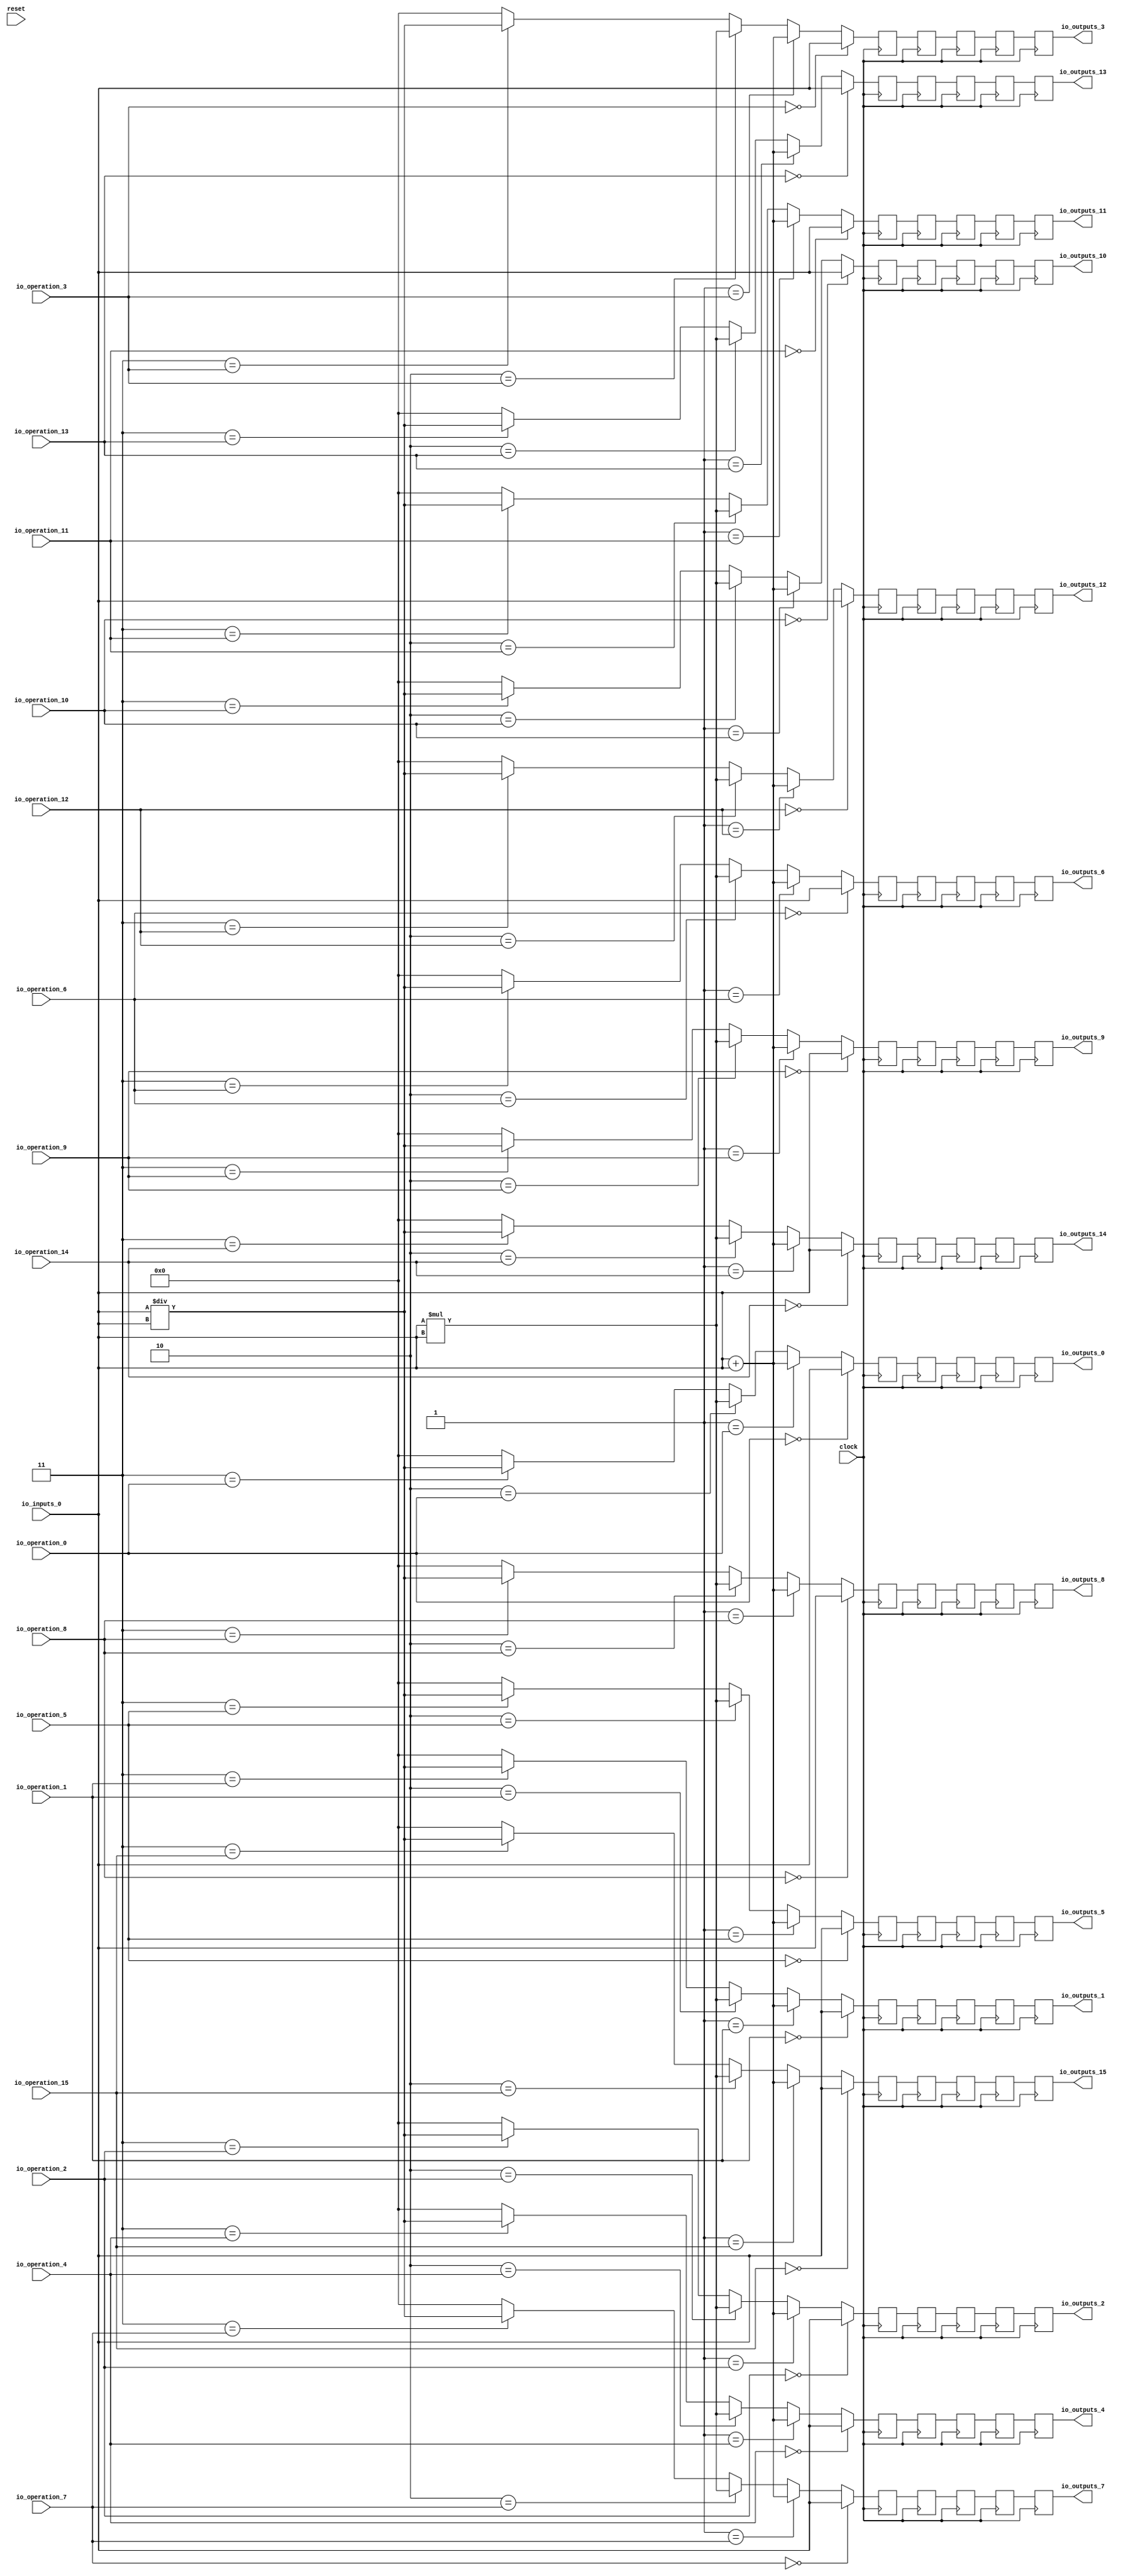
module MuxTest_width_64_inputs_1_outputs_16_pipeline_5( // @[:@3.2]
  input         clock, // @[:@4.4]
  input         reset, // @[:@5.4]
  input  [2:0]  io_operation_0, // @[:@6.4]
  input  [2:0]  io_operation_1, // @[:@6.4]
  input  [2:0]  io_operation_2, // @[:@6.4]
  input  [2:0]  io_operation_3, // @[:@6.4]
  input  [2:0]  io_operation_4, // @[:@6.4]
  input  [2:0]  io_operation_5, // @[:@6.4]
  input  [2:0]  io_operation_6, // @[:@6.4]
  input  [2:0]  io_operation_7, // @[:@6.4]
  input  [2:0]  io_operation_8, // @[:@6.4]
  input  [2:0]  io_operation_9, // @[:@6.4]
  input  [2:0]  io_operation_10, // @[:@6.4]
  input  [2:0]  io_operation_11, // @[:@6.4]
  input  [2:0]  io_operation_12, // @[:@6.4]
  input  [2:0]  io_operation_13, // @[:@6.4]
  input  [2:0]  io_operation_14, // @[:@6.4]
  input  [2:0]  io_operation_15, // @[:@6.4]
  input  [63:0] io_inputs_0, // @[:@6.4]
  output [63:0] io_outputs_0, // @[:@6.4]
  output [63:0] io_outputs_1, // @[:@6.4]
  output [63:0] io_outputs_2, // @[:@6.4]
  output [63:0] io_outputs_3, // @[:@6.4]
  output [63:0] io_outputs_4, // @[:@6.4]
  output [63:0] io_outputs_5, // @[:@6.4]
  output [63:0] io_outputs_6, // @[:@6.4]
  output [63:0] io_outputs_7, // @[:@6.4]
  output [63:0] io_outputs_8, // @[:@6.4]
  output [63:0] io_outputs_9, // @[:@6.4]
  output [63:0] io_outputs_10, // @[:@6.4]
  output [63:0] io_outputs_11, // @[:@6.4]
  output [63:0] io_outputs_12, // @[:@6.4]
  output [63:0] io_outputs_13, // @[:@6.4]
  output [63:0] io_outputs_14, // @[:@6.4]
  output [63:0] io_outputs_15 // @[:@6.4]
);
  wire [64:0] _T_724; // @[MuxTest_width_64_inputs_1_outputs_16_pipeline_5s.scala 32:53:@8.4]
  wire [63:0] _T_725; // @[MuxTest_width_64_inputs_1_outputs_16_pipeline_5s.scala 32:53:@9.4]
  wire [127:0] _T_727; // @[MuxTest_width_64_inputs_1_outputs_16_pipeline_5s.scala 33:58:@10.4]
  wire [63:0] _T_729; // @[MuxTest_width_64_inputs_1_outputs_16_pipeline_5s.scala 34:56:@11.4]
  wire  _T_730; // @[Mux.scala 46:19:@12.4]
  wire [63:0] _T_731; // @[Mux.scala 46:16:@13.4]
  wire  _T_732; // @[Mux.scala 46:19:@14.4]
  wire [127:0] _T_733; // @[Mux.scala 46:16:@15.4]
  wire  _T_734; // @[Mux.scala 46:19:@16.4]
  wire [127:0] _T_735; // @[Mux.scala 46:16:@17.4]
  wire  _T_736; // @[Mux.scala 46:19:@18.4]
  wire  _T_747; // @[Mux.scala 46:19:@24.4]
  wire [63:0] _T_748; // @[Mux.scala 46:16:@25.4]
  wire  _T_749; // @[Mux.scala 46:19:@26.4]
  wire [127:0] _T_750; // @[Mux.scala 46:16:@27.4]
  wire  _T_751; // @[Mux.scala 46:19:@28.4]
  wire [127:0] _T_752; // @[Mux.scala 46:16:@29.4]
  wire  _T_753; // @[Mux.scala 46:19:@30.4]
  wire  _T_764; // @[Mux.scala 46:19:@36.4]
  wire [63:0] _T_765; // @[Mux.scala 46:16:@37.4]
  wire  _T_766; // @[Mux.scala 46:19:@38.4]
  wire [127:0] _T_767; // @[Mux.scala 46:16:@39.4]
  wire  _T_768; // @[Mux.scala 46:19:@40.4]
  wire [127:0] _T_769; // @[Mux.scala 46:16:@41.4]
  wire  _T_770; // @[Mux.scala 46:19:@42.4]
  wire  _T_781; // @[Mux.scala 46:19:@48.4]
  wire [63:0] _T_782; // @[Mux.scala 46:16:@49.4]
  wire  _T_783; // @[Mux.scala 46:19:@50.4]
  wire [127:0] _T_784; // @[Mux.scala 46:16:@51.4]
  wire  _T_785; // @[Mux.scala 46:19:@52.4]
  wire [127:0] _T_786; // @[Mux.scala 46:16:@53.4]
  wire  _T_787; // @[Mux.scala 46:19:@54.4]
  wire  _T_798; // @[Mux.scala 46:19:@60.4]
  wire [63:0] _T_799; // @[Mux.scala 46:16:@61.4]
  wire  _T_800; // @[Mux.scala 46:19:@62.4]
  wire [127:0] _T_801; // @[Mux.scala 46:16:@63.4]
  wire  _T_802; // @[Mux.scala 46:19:@64.4]
  wire [127:0] _T_803; // @[Mux.scala 46:16:@65.4]
  wire  _T_804; // @[Mux.scala 46:19:@66.4]
  wire  _T_815; // @[Mux.scala 46:19:@72.4]
  wire [63:0] _T_816; // @[Mux.scala 46:16:@73.4]
  wire  _T_817; // @[Mux.scala 46:19:@74.4]
  wire [127:0] _T_818; // @[Mux.scala 46:16:@75.4]
  wire  _T_819; // @[Mux.scala 46:19:@76.4]
  wire [127:0] _T_820; // @[Mux.scala 46:16:@77.4]
  wire  _T_821; // @[Mux.scala 46:19:@78.4]
  wire  _T_832; // @[Mux.scala 46:19:@84.4]
  wire [63:0] _T_833; // @[Mux.scala 46:16:@85.4]
  wire  _T_834; // @[Mux.scala 46:19:@86.4]
  wire [127:0] _T_835; // @[Mux.scala 46:16:@87.4]
  wire  _T_836; // @[Mux.scala 46:19:@88.4]
  wire [127:0] _T_837; // @[Mux.scala 46:16:@89.4]
  wire  _T_838; // @[Mux.scala 46:19:@90.4]
  wire  _T_849; // @[Mux.scala 46:19:@96.4]
  wire [63:0] _T_850; // @[Mux.scala 46:16:@97.4]
  wire  _T_851; // @[Mux.scala 46:19:@98.4]
  wire [127:0] _T_852; // @[Mux.scala 46:16:@99.4]
  wire  _T_853; // @[Mux.scala 46:19:@100.4]
  wire [127:0] _T_854; // @[Mux.scala 46:16:@101.4]
  wire  _T_855; // @[Mux.scala 46:19:@102.4]
  wire  _T_866; // @[Mux.scala 46:19:@108.4]
  wire [63:0] _T_867; // @[Mux.scala 46:16:@109.4]
  wire  _T_868; // @[Mux.scala 46:19:@110.4]
  wire [127:0] _T_869; // @[Mux.scala 46:16:@111.4]
  wire  _T_870; // @[Mux.scala 46:19:@112.4]
  wire [127:0] _T_871; // @[Mux.scala 46:16:@113.4]
  wire  _T_872; // @[Mux.scala 46:19:@114.4]
  wire  _T_883; // @[Mux.scala 46:19:@120.4]
  wire [63:0] _T_884; // @[Mux.scala 46:16:@121.4]
  wire  _T_885; // @[Mux.scala 46:19:@122.4]
  wire [127:0] _T_886; // @[Mux.scala 46:16:@123.4]
  wire  _T_887; // @[Mux.scala 46:19:@124.4]
  wire [127:0] _T_888; // @[Mux.scala 46:16:@125.4]
  wire  _T_889; // @[Mux.scala 46:19:@126.4]
  wire  _T_900; // @[Mux.scala 46:19:@132.4]
  wire [63:0] _T_901; // @[Mux.scala 46:16:@133.4]
  wire  _T_902; // @[Mux.scala 46:19:@134.4]
  wire [127:0] _T_903; // @[Mux.scala 46:16:@135.4]
  wire  _T_904; // @[Mux.scala 46:19:@136.4]
  wire [127:0] _T_905; // @[Mux.scala 46:16:@137.4]
  wire  _T_906; // @[Mux.scala 46:19:@138.4]
  wire  _T_917; // @[Mux.scala 46:19:@144.4]
  wire [63:0] _T_918; // @[Mux.scala 46:16:@145.4]
  wire  _T_919; // @[Mux.scala 46:19:@146.4]
  wire [127:0] _T_920; // @[Mux.scala 46:16:@147.4]
  wire  _T_921; // @[Mux.scala 46:19:@148.4]
  wire [127:0] _T_922; // @[Mux.scala 46:16:@149.4]
  wire  _T_923; // @[Mux.scala 46:19:@150.4]
  wire  _T_934; // @[Mux.scala 46:19:@156.4]
  wire [63:0] _T_935; // @[Mux.scala 46:16:@157.4]
  wire  _T_936; // @[Mux.scala 46:19:@158.4]
  wire [127:0] _T_937; // @[Mux.scala 46:16:@159.4]
  wire  _T_938; // @[Mux.scala 46:19:@160.4]
  wire [127:0] _T_939; // @[Mux.scala 46:16:@161.4]
  wire  _T_940; // @[Mux.scala 46:19:@162.4]
  wire  _T_951; // @[Mux.scala 46:19:@168.4]
  wire [63:0] _T_952; // @[Mux.scala 46:16:@169.4]
  wire  _T_953; // @[Mux.scala 46:19:@170.4]
  wire [127:0] _T_954; // @[Mux.scala 46:16:@171.4]
  wire  _T_955; // @[Mux.scala 46:19:@172.4]
  wire [127:0] _T_956; // @[Mux.scala 46:16:@173.4]
  wire  _T_957; // @[Mux.scala 46:19:@174.4]
  wire  _T_968; // @[Mux.scala 46:19:@180.4]
  wire [63:0] _T_969; // @[Mux.scala 46:16:@181.4]
  wire  _T_970; // @[Mux.scala 46:19:@182.4]
  wire [127:0] _T_971; // @[Mux.scala 46:16:@183.4]
  wire  _T_972; // @[Mux.scala 46:19:@184.4]
  wire [127:0] _T_973; // @[Mux.scala 46:16:@185.4]
  wire  _T_974; // @[Mux.scala 46:19:@186.4]
  wire  _T_985; // @[Mux.scala 46:19:@192.4]
  wire [63:0] _T_986; // @[Mux.scala 46:16:@193.4]
  wire  _T_987; // @[Mux.scala 46:19:@194.4]
  wire [127:0] _T_988; // @[Mux.scala 46:16:@195.4]
  wire  _T_989; // @[Mux.scala 46:19:@196.4]
  wire [127:0] _T_990; // @[Mux.scala 46:16:@197.4]
  wire  _T_991; // @[Mux.scala 46:19:@198.4]
  reg [127:0] _T_995; // @[Reg.scala 11:16:@200.4]
  reg [127:0] _RAND_0;
  reg [127:0] _T_997; // @[Reg.scala 11:16:@204.4]
  reg [127:0] _RAND_1;
  reg [127:0] _T_999; // @[Reg.scala 11:16:@208.4]
  reg [127:0] _RAND_2;
  reg [127:0] _T_1001; // @[Reg.scala 11:16:@212.4]
  reg [127:0] _RAND_3;
  reg [127:0] _T_1003; // @[Reg.scala 11:16:@216.4]
  reg [127:0] _RAND_4;
  reg [127:0] _T_1006; // @[Reg.scala 11:16:@220.4]
  reg [127:0] _RAND_5;
  reg [127:0] _T_1008; // @[Reg.scala 11:16:@224.4]
  reg [127:0] _RAND_6;
  reg [127:0] _T_1010; // @[Reg.scala 11:16:@228.4]
  reg [127:0] _RAND_7;
  reg [127:0] _T_1012; // @[Reg.scala 11:16:@232.4]
  reg [127:0] _RAND_8;
  reg [127:0] _T_1014; // @[Reg.scala 11:16:@236.4]
  reg [127:0] _RAND_9;
  reg [127:0] _T_1017; // @[Reg.scala 11:16:@240.4]
  reg [127:0] _RAND_10;
  reg [127:0] _T_1019; // @[Reg.scala 11:16:@244.4]
  reg [127:0] _RAND_11;
  reg [127:0] _T_1021; // @[Reg.scala 11:16:@248.4]
  reg [127:0] _RAND_12;
  reg [127:0] _T_1023; // @[Reg.scala 11:16:@252.4]
  reg [127:0] _RAND_13;
  reg [127:0] _T_1025; // @[Reg.scala 11:16:@256.4]
  reg [127:0] _RAND_14;
  reg [127:0] _T_1028; // @[Reg.scala 11:16:@260.4]
  reg [127:0] _RAND_15;
  reg [127:0] _T_1030; // @[Reg.scala 11:16:@264.4]
  reg [127:0] _RAND_16;
  reg [127:0] _T_1032; // @[Reg.scala 11:16:@268.4]
  reg [127:0] _RAND_17;
  reg [127:0] _T_1034; // @[Reg.scala 11:16:@272.4]
  reg [127:0] _RAND_18;
  reg [127:0] _T_1036; // @[Reg.scala 11:16:@276.4]
  reg [127:0] _RAND_19;
  reg [127:0] _T_1039; // @[Reg.scala 11:16:@280.4]
  reg [127:0] _RAND_20;
  reg [127:0] _T_1041; // @[Reg.scala 11:16:@284.4]
  reg [127:0] _RAND_21;
  reg [127:0] _T_1043; // @[Reg.scala 11:16:@288.4]
  reg [127:0] _RAND_22;
  reg [127:0] _T_1045; // @[Reg.scala 11:16:@292.4]
  reg [127:0] _RAND_23;
  reg [127:0] _T_1047; // @[Reg.scala 11:16:@296.4]
  reg [127:0] _RAND_24;
  reg [127:0] _T_1050; // @[Reg.scala 11:16:@300.4]
  reg [127:0] _RAND_25;
  reg [127:0] _T_1052; // @[Reg.scala 11:16:@304.4]
  reg [127:0] _RAND_26;
  reg [127:0] _T_1054; // @[Reg.scala 11:16:@308.4]
  reg [127:0] _RAND_27;
  reg [127:0] _T_1056; // @[Reg.scala 11:16:@312.4]
  reg [127:0] _RAND_28;
  reg [127:0] _T_1058; // @[Reg.scala 11:16:@316.4]
  reg [127:0] _RAND_29;
  reg [127:0] _T_1061; // @[Reg.scala 11:16:@320.4]
  reg [127:0] _RAND_30;
  reg [127:0] _T_1063; // @[Reg.scala 11:16:@324.4]
  reg [127:0] _RAND_31;
  reg [127:0] _T_1065; // @[Reg.scala 11:16:@328.4]
  reg [127:0] _RAND_32;
  reg [127:0] _T_1067; // @[Reg.scala 11:16:@332.4]
  reg [127:0] _RAND_33;
  reg [127:0] _T_1069; // @[Reg.scala 11:16:@336.4]
  reg [127:0] _RAND_34;
  reg [127:0] _T_1072; // @[Reg.scala 11:16:@340.4]
  reg [127:0] _RAND_35;
  reg [127:0] _T_1074; // @[Reg.scala 11:16:@344.4]
  reg [127:0] _RAND_36;
  reg [127:0] _T_1076; // @[Reg.scala 11:16:@348.4]
  reg [127:0] _RAND_37;
  reg [127:0] _T_1078; // @[Reg.scala 11:16:@352.4]
  reg [127:0] _RAND_38;
  reg [127:0] _T_1080; // @[Reg.scala 11:16:@356.4]
  reg [127:0] _RAND_39;
  reg [127:0] _T_1083; // @[Reg.scala 11:16:@360.4]
  reg [127:0] _RAND_40;
  reg [127:0] _T_1085; // @[Reg.scala 11:16:@364.4]
  reg [127:0] _RAND_41;
  reg [127:0] _T_1087; // @[Reg.scala 11:16:@368.4]
  reg [127:0] _RAND_42;
  reg [127:0] _T_1089; // @[Reg.scala 11:16:@372.4]
  reg [127:0] _RAND_43;
  reg [127:0] _T_1091; // @[Reg.scala 11:16:@376.4]
  reg [127:0] _RAND_44;
  reg [127:0] _T_1094; // @[Reg.scala 11:16:@380.4]
  reg [127:0] _RAND_45;
  reg [127:0] _T_1096; // @[Reg.scala 11:16:@384.4]
  reg [127:0] _RAND_46;
  reg [127:0] _T_1098; // @[Reg.scala 11:16:@388.4]
  reg [127:0] _RAND_47;
  reg [127:0] _T_1100; // @[Reg.scala 11:16:@392.4]
  reg [127:0] _RAND_48;
  reg [127:0] _T_1102; // @[Reg.scala 11:16:@396.4]
  reg [127:0] _RAND_49;
  reg [127:0] _T_1105; // @[Reg.scala 11:16:@400.4]
  reg [127:0] _RAND_50;
  reg [127:0] _T_1107; // @[Reg.scala 11:16:@404.4]
  reg [127:0] _RAND_51;
  reg [127:0] _T_1109; // @[Reg.scala 11:16:@408.4]
  reg [127:0] _RAND_52;
  reg [127:0] _T_1111; // @[Reg.scala 11:16:@412.4]
  reg [127:0] _RAND_53;
  reg [127:0] _T_1113; // @[Reg.scala 11:16:@416.4]
  reg [127:0] _RAND_54;
  reg [127:0] _T_1116; // @[Reg.scala 11:16:@420.4]
  reg [127:0] _RAND_55;
  reg [127:0] _T_1118; // @[Reg.scala 11:16:@424.4]
  reg [127:0] _RAND_56;
  reg [127:0] _T_1120; // @[Reg.scala 11:16:@428.4]
  reg [127:0] _RAND_57;
  reg [127:0] _T_1122; // @[Reg.scala 11:16:@432.4]
  reg [127:0] _RAND_58;
  reg [127:0] _T_1124; // @[Reg.scala 11:16:@436.4]
  reg [127:0] _RAND_59;
  reg [127:0] _T_1127; // @[Reg.scala 11:16:@440.4]
  reg [127:0] _RAND_60;
  reg [127:0] _T_1129; // @[Reg.scala 11:16:@444.4]
  reg [127:0] _RAND_61;
  reg [127:0] _T_1131; // @[Reg.scala 11:16:@448.4]
  reg [127:0] _RAND_62;
  reg [127:0] _T_1133; // @[Reg.scala 11:16:@452.4]
  reg [127:0] _RAND_63;
  reg [127:0] _T_1135; // @[Reg.scala 11:16:@456.4]
  reg [127:0] _RAND_64;
  reg [127:0] _T_1138; // @[Reg.scala 11:16:@460.4]
  reg [127:0] _RAND_65;
  reg [127:0] _T_1140; // @[Reg.scala 11:16:@464.4]
  reg [127:0] _RAND_66;
  reg [127:0] _T_1142; // @[Reg.scala 11:16:@468.4]
  reg [127:0] _RAND_67;
  reg [127:0] _T_1144; // @[Reg.scala 11:16:@472.4]
  reg [127:0] _RAND_68;
  reg [127:0] _T_1146; // @[Reg.scala 11:16:@476.4]
  reg [127:0] _RAND_69;
  reg [127:0] _T_1149; // @[Reg.scala 11:16:@480.4]
  reg [127:0] _RAND_70;
  reg [127:0] _T_1151; // @[Reg.scala 11:16:@484.4]
  reg [127:0] _RAND_71;
  reg [127:0] _T_1153; // @[Reg.scala 11:16:@488.4]
  reg [127:0] _RAND_72;
  reg [127:0] _T_1155; // @[Reg.scala 11:16:@492.4]
  reg [127:0] _RAND_73;
  reg [127:0] _T_1157; // @[Reg.scala 11:16:@496.4]
  reg [127:0] _RAND_74;
  reg [127:0] _T_1160; // @[Reg.scala 11:16:@500.4]
  reg [127:0] _RAND_75;
  reg [127:0] _T_1162; // @[Reg.scala 11:16:@504.4]
  reg [127:0] _RAND_76;
  reg [127:0] _T_1164; // @[Reg.scala 11:16:@508.4]
  reg [127:0] _RAND_77;
  reg [127:0] _T_1166; // @[Reg.scala 11:16:@512.4]
  reg [127:0] _RAND_78;
  reg [127:0] _T_1168; // @[Reg.scala 11:16:@516.4]
  reg [127:0] _RAND_79;
  assign _T_724 = io_inputs_0 + io_inputs_0; // @[MuxTest_width_64_inputs_1_outputs_16_pipeline_5s.scala 32:53:@8.4]
  assign _T_725 = io_inputs_0 + io_inputs_0; // @[MuxTest_width_64_inputs_1_outputs_16_pipeline_5s.scala 32:53:@9.4]
  assign _T_727 = io_inputs_0 * io_inputs_0; // @[MuxTest_width_64_inputs_1_outputs_16_pipeline_5s.scala 33:58:@10.4]
  assign _T_729 = io_inputs_0 / io_inputs_0; // @[MuxTest_width_64_inputs_1_outputs_16_pipeline_5s.scala 34:56:@11.4]
  assign _T_730 = 3'h3 == io_operation_0; // @[Mux.scala 46:19:@12.4]
  assign _T_731 = _T_730 ? _T_729 : 64'h0; // @[Mux.scala 46:16:@13.4]
  assign _T_732 = 3'h2 == io_operation_0; // @[Mux.scala 46:19:@14.4]
  assign _T_733 = _T_732 ? _T_727 : {{64'd0}, _T_731}; // @[Mux.scala 46:16:@15.4]
  assign _T_734 = 3'h1 == io_operation_0; // @[Mux.scala 46:19:@16.4]
  assign _T_735 = _T_734 ? {{64'd0}, _T_725} : _T_733; // @[Mux.scala 46:16:@17.4]
  assign _T_736 = 3'h0 == io_operation_0; // @[Mux.scala 46:19:@18.4]
  assign _T_747 = 3'h3 == io_operation_1; // @[Mux.scala 46:19:@24.4]
  assign _T_748 = _T_747 ? _T_729 : 64'h0; // @[Mux.scala 46:16:@25.4]
  assign _T_749 = 3'h2 == io_operation_1; // @[Mux.scala 46:19:@26.4]
  assign _T_750 = _T_749 ? _T_727 : {{64'd0}, _T_748}; // @[Mux.scala 46:16:@27.4]
  assign _T_751 = 3'h1 == io_operation_1; // @[Mux.scala 46:19:@28.4]
  assign _T_752 = _T_751 ? {{64'd0}, _T_725} : _T_750; // @[Mux.scala 46:16:@29.4]
  assign _T_753 = 3'h0 == io_operation_1; // @[Mux.scala 46:19:@30.4]
  assign _T_764 = 3'h3 == io_operation_2; // @[Mux.scala 46:19:@36.4]
  assign _T_765 = _T_764 ? _T_729 : 64'h0; // @[Mux.scala 46:16:@37.4]
  assign _T_766 = 3'h2 == io_operation_2; // @[Mux.scala 46:19:@38.4]
  assign _T_767 = _T_766 ? _T_727 : {{64'd0}, _T_765}; // @[Mux.scala 46:16:@39.4]
  assign _T_768 = 3'h1 == io_operation_2; // @[Mux.scala 46:19:@40.4]
  assign _T_769 = _T_768 ? {{64'd0}, _T_725} : _T_767; // @[Mux.scala 46:16:@41.4]
  assign _T_770 = 3'h0 == io_operation_2; // @[Mux.scala 46:19:@42.4]
  assign _T_781 = 3'h3 == io_operation_3; // @[Mux.scala 46:19:@48.4]
  assign _T_782 = _T_781 ? _T_729 : 64'h0; // @[Mux.scala 46:16:@49.4]
  assign _T_783 = 3'h2 == io_operation_3; // @[Mux.scala 46:19:@50.4]
  assign _T_784 = _T_783 ? _T_727 : {{64'd0}, _T_782}; // @[Mux.scala 46:16:@51.4]
  assign _T_785 = 3'h1 == io_operation_3; // @[Mux.scala 46:19:@52.4]
  assign _T_786 = _T_785 ? {{64'd0}, _T_725} : _T_784; // @[Mux.scala 46:16:@53.4]
  assign _T_787 = 3'h0 == io_operation_3; // @[Mux.scala 46:19:@54.4]
  assign _T_798 = 3'h3 == io_operation_4; // @[Mux.scala 46:19:@60.4]
  assign _T_799 = _T_798 ? _T_729 : 64'h0; // @[Mux.scala 46:16:@61.4]
  assign _T_800 = 3'h2 == io_operation_4; // @[Mux.scala 46:19:@62.4]
  assign _T_801 = _T_800 ? _T_727 : {{64'd0}, _T_799}; // @[Mux.scala 46:16:@63.4]
  assign _T_802 = 3'h1 == io_operation_4; // @[Mux.scala 46:19:@64.4]
  assign _T_803 = _T_802 ? {{64'd0}, _T_725} : _T_801; // @[Mux.scala 46:16:@65.4]
  assign _T_804 = 3'h0 == io_operation_4; // @[Mux.scala 46:19:@66.4]
  assign _T_815 = 3'h3 == io_operation_5; // @[Mux.scala 46:19:@72.4]
  assign _T_816 = _T_815 ? _T_729 : 64'h0; // @[Mux.scala 46:16:@73.4]
  assign _T_817 = 3'h2 == io_operation_5; // @[Mux.scala 46:19:@74.4]
  assign _T_818 = _T_817 ? _T_727 : {{64'd0}, _T_816}; // @[Mux.scala 46:16:@75.4]
  assign _T_819 = 3'h1 == io_operation_5; // @[Mux.scala 46:19:@76.4]
  assign _T_820 = _T_819 ? {{64'd0}, _T_725} : _T_818; // @[Mux.scala 46:16:@77.4]
  assign _T_821 = 3'h0 == io_operation_5; // @[Mux.scala 46:19:@78.4]
  assign _T_832 = 3'h3 == io_operation_6; // @[Mux.scala 46:19:@84.4]
  assign _T_833 = _T_832 ? _T_729 : 64'h0; // @[Mux.scala 46:16:@85.4]
  assign _T_834 = 3'h2 == io_operation_6; // @[Mux.scala 46:19:@86.4]
  assign _T_835 = _T_834 ? _T_727 : {{64'd0}, _T_833}; // @[Mux.scala 46:16:@87.4]
  assign _T_836 = 3'h1 == io_operation_6; // @[Mux.scala 46:19:@88.4]
  assign _T_837 = _T_836 ? {{64'd0}, _T_725} : _T_835; // @[Mux.scala 46:16:@89.4]
  assign _T_838 = 3'h0 == io_operation_6; // @[Mux.scala 46:19:@90.4]
  assign _T_849 = 3'h3 == io_operation_7; // @[Mux.scala 46:19:@96.4]
  assign _T_850 = _T_849 ? _T_729 : 64'h0; // @[Mux.scala 46:16:@97.4]
  assign _T_851 = 3'h2 == io_operation_7; // @[Mux.scala 46:19:@98.4]
  assign _T_852 = _T_851 ? _T_727 : {{64'd0}, _T_850}; // @[Mux.scala 46:16:@99.4]
  assign _T_853 = 3'h1 == io_operation_7; // @[Mux.scala 46:19:@100.4]
  assign _T_854 = _T_853 ? {{64'd0}, _T_725} : _T_852; // @[Mux.scala 46:16:@101.4]
  assign _T_855 = 3'h0 == io_operation_7; // @[Mux.scala 46:19:@102.4]
  assign _T_866 = 3'h3 == io_operation_8; // @[Mux.scala 46:19:@108.4]
  assign _T_867 = _T_866 ? _T_729 : 64'h0; // @[Mux.scala 46:16:@109.4]
  assign _T_868 = 3'h2 == io_operation_8; // @[Mux.scala 46:19:@110.4]
  assign _T_869 = _T_868 ? _T_727 : {{64'd0}, _T_867}; // @[Mux.scala 46:16:@111.4]
  assign _T_870 = 3'h1 == io_operation_8; // @[Mux.scala 46:19:@112.4]
  assign _T_871 = _T_870 ? {{64'd0}, _T_725} : _T_869; // @[Mux.scala 46:16:@113.4]
  assign _T_872 = 3'h0 == io_operation_8; // @[Mux.scala 46:19:@114.4]
  assign _T_883 = 3'h3 == io_operation_9; // @[Mux.scala 46:19:@120.4]
  assign _T_884 = _T_883 ? _T_729 : 64'h0; // @[Mux.scala 46:16:@121.4]
  assign _T_885 = 3'h2 == io_operation_9; // @[Mux.scala 46:19:@122.4]
  assign _T_886 = _T_885 ? _T_727 : {{64'd0}, _T_884}; // @[Mux.scala 46:16:@123.4]
  assign _T_887 = 3'h1 == io_operation_9; // @[Mux.scala 46:19:@124.4]
  assign _T_888 = _T_887 ? {{64'd0}, _T_725} : _T_886; // @[Mux.scala 46:16:@125.4]
  assign _T_889 = 3'h0 == io_operation_9; // @[Mux.scala 46:19:@126.4]
  assign _T_900 = 3'h3 == io_operation_10; // @[Mux.scala 46:19:@132.4]
  assign _T_901 = _T_900 ? _T_729 : 64'h0; // @[Mux.scala 46:16:@133.4]
  assign _T_902 = 3'h2 == io_operation_10; // @[Mux.scala 46:19:@134.4]
  assign _T_903 = _T_902 ? _T_727 : {{64'd0}, _T_901}; // @[Mux.scala 46:16:@135.4]
  assign _T_904 = 3'h1 == io_operation_10; // @[Mux.scala 46:19:@136.4]
  assign _T_905 = _T_904 ? {{64'd0}, _T_725} : _T_903; // @[Mux.scala 46:16:@137.4]
  assign _T_906 = 3'h0 == io_operation_10; // @[Mux.scala 46:19:@138.4]
  assign _T_917 = 3'h3 == io_operation_11; // @[Mux.scala 46:19:@144.4]
  assign _T_918 = _T_917 ? _T_729 : 64'h0; // @[Mux.scala 46:16:@145.4]
  assign _T_919 = 3'h2 == io_operation_11; // @[Mux.scala 46:19:@146.4]
  assign _T_920 = _T_919 ? _T_727 : {{64'd0}, _T_918}; // @[Mux.scala 46:16:@147.4]
  assign _T_921 = 3'h1 == io_operation_11; // @[Mux.scala 46:19:@148.4]
  assign _T_922 = _T_921 ? {{64'd0}, _T_725} : _T_920; // @[Mux.scala 46:16:@149.4]
  assign _T_923 = 3'h0 == io_operation_11; // @[Mux.scala 46:19:@150.4]
  assign _T_934 = 3'h3 == io_operation_12; // @[Mux.scala 46:19:@156.4]
  assign _T_935 = _T_934 ? _T_729 : 64'h0; // @[Mux.scala 46:16:@157.4]
  assign _T_936 = 3'h2 == io_operation_12; // @[Mux.scala 46:19:@158.4]
  assign _T_937 = _T_936 ? _T_727 : {{64'd0}, _T_935}; // @[Mux.scala 46:16:@159.4]
  assign _T_938 = 3'h1 == io_operation_12; // @[Mux.scala 46:19:@160.4]
  assign _T_939 = _T_938 ? {{64'd0}, _T_725} : _T_937; // @[Mux.scala 46:16:@161.4]
  assign _T_940 = 3'h0 == io_operation_12; // @[Mux.scala 46:19:@162.4]
  assign _T_951 = 3'h3 == io_operation_13; // @[Mux.scala 46:19:@168.4]
  assign _T_952 = _T_951 ? _T_729 : 64'h0; // @[Mux.scala 46:16:@169.4]
  assign _T_953 = 3'h2 == io_operation_13; // @[Mux.scala 46:19:@170.4]
  assign _T_954 = _T_953 ? _T_727 : {{64'd0}, _T_952}; // @[Mux.scala 46:16:@171.4]
  assign _T_955 = 3'h1 == io_operation_13; // @[Mux.scala 46:19:@172.4]
  assign _T_956 = _T_955 ? {{64'd0}, _T_725} : _T_954; // @[Mux.scala 46:16:@173.4]
  assign _T_957 = 3'h0 == io_operation_13; // @[Mux.scala 46:19:@174.4]
  assign _T_968 = 3'h3 == io_operation_14; // @[Mux.scala 46:19:@180.4]
  assign _T_969 = _T_968 ? _T_729 : 64'h0; // @[Mux.scala 46:16:@181.4]
  assign _T_970 = 3'h2 == io_operation_14; // @[Mux.scala 46:19:@182.4]
  assign _T_971 = _T_970 ? _T_727 : {{64'd0}, _T_969}; // @[Mux.scala 46:16:@183.4]
  assign _T_972 = 3'h1 == io_operation_14; // @[Mux.scala 46:19:@184.4]
  assign _T_973 = _T_972 ? {{64'd0}, _T_725} : _T_971; // @[Mux.scala 46:16:@185.4]
  assign _T_974 = 3'h0 == io_operation_14; // @[Mux.scala 46:19:@186.4]
  assign _T_985 = 3'h3 == io_operation_15; // @[Mux.scala 46:19:@192.4]
  assign _T_986 = _T_985 ? _T_729 : 64'h0; // @[Mux.scala 46:16:@193.4]
  assign _T_987 = 3'h2 == io_operation_15; // @[Mux.scala 46:19:@194.4]
  assign _T_988 = _T_987 ? _T_727 : {{64'd0}, _T_986}; // @[Mux.scala 46:16:@195.4]
  assign _T_989 = 3'h1 == io_operation_15; // @[Mux.scala 46:19:@196.4]
  assign _T_990 = _T_989 ? {{64'd0}, _T_725} : _T_988; // @[Mux.scala 46:16:@197.4]
  assign _T_991 = 3'h0 == io_operation_15; // @[Mux.scala 46:19:@198.4]
  assign io_outputs_0 = _T_1003[63:0]; // @[MuxTest_width_64_inputs_1_outputs_16_pipeline_5s.scala 23:14:@520.4]
  assign io_outputs_1 = _T_1014[63:0]; // @[MuxTest_width_64_inputs_1_outputs_16_pipeline_5s.scala 23:14:@521.4]
  assign io_outputs_2 = _T_1025[63:0]; // @[MuxTest_width_64_inputs_1_outputs_16_pipeline_5s.scala 23:14:@522.4]
  assign io_outputs_3 = _T_1036[63:0]; // @[MuxTest_width_64_inputs_1_outputs_16_pipeline_5s.scala 23:14:@523.4]
  assign io_outputs_4 = _T_1047[63:0]; // @[MuxTest_width_64_inputs_1_outputs_16_pipeline_5s.scala 23:14:@524.4]
  assign io_outputs_5 = _T_1058[63:0]; // @[MuxTest_width_64_inputs_1_outputs_16_pipeline_5s.scala 23:14:@525.4]
  assign io_outputs_6 = _T_1069[63:0]; // @[MuxTest_width_64_inputs_1_outputs_16_pipeline_5s.scala 23:14:@526.4]
  assign io_outputs_7 = _T_1080[63:0]; // @[MuxTest_width_64_inputs_1_outputs_16_pipeline_5s.scala 23:14:@527.4]
  assign io_outputs_8 = _T_1091[63:0]; // @[MuxTest_width_64_inputs_1_outputs_16_pipeline_5s.scala 23:14:@528.4]
  assign io_outputs_9 = _T_1102[63:0]; // @[MuxTest_width_64_inputs_1_outputs_16_pipeline_5s.scala 23:14:@529.4]
  assign io_outputs_10 = _T_1113[63:0]; // @[MuxTest_width_64_inputs_1_outputs_16_pipeline_5s.scala 23:14:@530.4]
  assign io_outputs_11 = _T_1124[63:0]; // @[MuxTest_width_64_inputs_1_outputs_16_pipeline_5s.scala 23:14:@531.4]
  assign io_outputs_12 = _T_1135[63:0]; // @[MuxTest_width_64_inputs_1_outputs_16_pipeline_5s.scala 23:14:@532.4]
  assign io_outputs_13 = _T_1146[63:0]; // @[MuxTest_width_64_inputs_1_outputs_16_pipeline_5s.scala 23:14:@533.4]
  assign io_outputs_14 = _T_1157[63:0]; // @[MuxTest_width_64_inputs_1_outputs_16_pipeline_5s.scala 23:14:@534.4]
  assign io_outputs_15 = _T_1168[63:0]; // @[MuxTest_width_64_inputs_1_outputs_16_pipeline_5s.scala 23:14:@535.4]
`ifdef RANDOMIZE_GARBAGE_ASSIGN
`define RANDOMIZE
`endif
`ifdef RANDOMIZE_INVALID_ASSIGN
`define RANDOMIZE
`endif
`ifdef RANDOMIZE_REG_INIT
`define RANDOMIZE
`endif
`ifdef RANDOMIZE_MEM_INIT
`define RANDOMIZE
`endif
`ifndef RANDOM
`define RANDOM $random
`endif
`ifdef RANDOMIZE
  integer initvar;
  initial begin
    `ifdef INIT_RANDOM
      `INIT_RANDOM
    `endif
    `ifndef VERILATOR
      #0.002 begin end
    `endif
  `ifdef RANDOMIZE_REG_INIT
  _RAND_0 = {4{`RANDOM}};
  _T_995 = _RAND_0[127:0];
  `endif // RANDOMIZE_REG_INIT
  `ifdef RANDOMIZE_REG_INIT
  _RAND_1 = {4{`RANDOM}};
  _T_997 = _RAND_1[127:0];
  `endif // RANDOMIZE_REG_INIT
  `ifdef RANDOMIZE_REG_INIT
  _RAND_2 = {4{`RANDOM}};
  _T_999 = _RAND_2[127:0];
  `endif // RANDOMIZE_REG_INIT
  `ifdef RANDOMIZE_REG_INIT
  _RAND_3 = {4{`RANDOM}};
  _T_1001 = _RAND_3[127:0];
  `endif // RANDOMIZE_REG_INIT
  `ifdef RANDOMIZE_REG_INIT
  _RAND_4 = {4{`RANDOM}};
  _T_1003 = _RAND_4[127:0];
  `endif // RANDOMIZE_REG_INIT
  `ifdef RANDOMIZE_REG_INIT
  _RAND_5 = {4{`RANDOM}};
  _T_1006 = _RAND_5[127:0];
  `endif // RANDOMIZE_REG_INIT
  `ifdef RANDOMIZE_REG_INIT
  _RAND_6 = {4{`RANDOM}};
  _T_1008 = _RAND_6[127:0];
  `endif // RANDOMIZE_REG_INIT
  `ifdef RANDOMIZE_REG_INIT
  _RAND_7 = {4{`RANDOM}};
  _T_1010 = _RAND_7[127:0];
  `endif // RANDOMIZE_REG_INIT
  `ifdef RANDOMIZE_REG_INIT
  _RAND_8 = {4{`RANDOM}};
  _T_1012 = _RAND_8[127:0];
  `endif // RANDOMIZE_REG_INIT
  `ifdef RANDOMIZE_REG_INIT
  _RAND_9 = {4{`RANDOM}};
  _T_1014 = _RAND_9[127:0];
  `endif // RANDOMIZE_REG_INIT
  `ifdef RANDOMIZE_REG_INIT
  _RAND_10 = {4{`RANDOM}};
  _T_1017 = _RAND_10[127:0];
  `endif // RANDOMIZE_REG_INIT
  `ifdef RANDOMIZE_REG_INIT
  _RAND_11 = {4{`RANDOM}};
  _T_1019 = _RAND_11[127:0];
  `endif // RANDOMIZE_REG_INIT
  `ifdef RANDOMIZE_REG_INIT
  _RAND_12 = {4{`RANDOM}};
  _T_1021 = _RAND_12[127:0];
  `endif // RANDOMIZE_REG_INIT
  `ifdef RANDOMIZE_REG_INIT
  _RAND_13 = {4{`RANDOM}};
  _T_1023 = _RAND_13[127:0];
  `endif // RANDOMIZE_REG_INIT
  `ifdef RANDOMIZE_REG_INIT
  _RAND_14 = {4{`RANDOM}};
  _T_1025 = _RAND_14[127:0];
  `endif // RANDOMIZE_REG_INIT
  `ifdef RANDOMIZE_REG_INIT
  _RAND_15 = {4{`RANDOM}};
  _T_1028 = _RAND_15[127:0];
  `endif // RANDOMIZE_REG_INIT
  `ifdef RANDOMIZE_REG_INIT
  _RAND_16 = {4{`RANDOM}};
  _T_1030 = _RAND_16[127:0];
  `endif // RANDOMIZE_REG_INIT
  `ifdef RANDOMIZE_REG_INIT
  _RAND_17 = {4{`RANDOM}};
  _T_1032 = _RAND_17[127:0];
  `endif // RANDOMIZE_REG_INIT
  `ifdef RANDOMIZE_REG_INIT
  _RAND_18 = {4{`RANDOM}};
  _T_1034 = _RAND_18[127:0];
  `endif // RANDOMIZE_REG_INIT
  `ifdef RANDOMIZE_REG_INIT
  _RAND_19 = {4{`RANDOM}};
  _T_1036 = _RAND_19[127:0];
  `endif // RANDOMIZE_REG_INIT
  `ifdef RANDOMIZE_REG_INIT
  _RAND_20 = {4{`RANDOM}};
  _T_1039 = _RAND_20[127:0];
  `endif // RANDOMIZE_REG_INIT
  `ifdef RANDOMIZE_REG_INIT
  _RAND_21 = {4{`RANDOM}};
  _T_1041 = _RAND_21[127:0];
  `endif // RANDOMIZE_REG_INIT
  `ifdef RANDOMIZE_REG_INIT
  _RAND_22 = {4{`RANDOM}};
  _T_1043 = _RAND_22[127:0];
  `endif // RANDOMIZE_REG_INIT
  `ifdef RANDOMIZE_REG_INIT
  _RAND_23 = {4{`RANDOM}};
  _T_1045 = _RAND_23[127:0];
  `endif // RANDOMIZE_REG_INIT
  `ifdef RANDOMIZE_REG_INIT
  _RAND_24 = {4{`RANDOM}};
  _T_1047 = _RAND_24[127:0];
  `endif // RANDOMIZE_REG_INIT
  `ifdef RANDOMIZE_REG_INIT
  _RAND_25 = {4{`RANDOM}};
  _T_1050 = _RAND_25[127:0];
  `endif // RANDOMIZE_REG_INIT
  `ifdef RANDOMIZE_REG_INIT
  _RAND_26 = {4{`RANDOM}};
  _T_1052 = _RAND_26[127:0];
  `endif // RANDOMIZE_REG_INIT
  `ifdef RANDOMIZE_REG_INIT
  _RAND_27 = {4{`RANDOM}};
  _T_1054 = _RAND_27[127:0];
  `endif // RANDOMIZE_REG_INIT
  `ifdef RANDOMIZE_REG_INIT
  _RAND_28 = {4{`RANDOM}};
  _T_1056 = _RAND_28[127:0];
  `endif // RANDOMIZE_REG_INIT
  `ifdef RANDOMIZE_REG_INIT
  _RAND_29 = {4{`RANDOM}};
  _T_1058 = _RAND_29[127:0];
  `endif // RANDOMIZE_REG_INIT
  `ifdef RANDOMIZE_REG_INIT
  _RAND_30 = {4{`RANDOM}};
  _T_1061 = _RAND_30[127:0];
  `endif // RANDOMIZE_REG_INIT
  `ifdef RANDOMIZE_REG_INIT
  _RAND_31 = {4{`RANDOM}};
  _T_1063 = _RAND_31[127:0];
  `endif // RANDOMIZE_REG_INIT
  `ifdef RANDOMIZE_REG_INIT
  _RAND_32 = {4{`RANDOM}};
  _T_1065 = _RAND_32[127:0];
  `endif // RANDOMIZE_REG_INIT
  `ifdef RANDOMIZE_REG_INIT
  _RAND_33 = {4{`RANDOM}};
  _T_1067 = _RAND_33[127:0];
  `endif // RANDOMIZE_REG_INIT
  `ifdef RANDOMIZE_REG_INIT
  _RAND_34 = {4{`RANDOM}};
  _T_1069 = _RAND_34[127:0];
  `endif // RANDOMIZE_REG_INIT
  `ifdef RANDOMIZE_REG_INIT
  _RAND_35 = {4{`RANDOM}};
  _T_1072 = _RAND_35[127:0];
  `endif // RANDOMIZE_REG_INIT
  `ifdef RANDOMIZE_REG_INIT
  _RAND_36 = {4{`RANDOM}};
  _T_1074 = _RAND_36[127:0];
  `endif // RANDOMIZE_REG_INIT
  `ifdef RANDOMIZE_REG_INIT
  _RAND_37 = {4{`RANDOM}};
  _T_1076 = _RAND_37[127:0];
  `endif // RANDOMIZE_REG_INIT
  `ifdef RANDOMIZE_REG_INIT
  _RAND_38 = {4{`RANDOM}};
  _T_1078 = _RAND_38[127:0];
  `endif // RANDOMIZE_REG_INIT
  `ifdef RANDOMIZE_REG_INIT
  _RAND_39 = {4{`RANDOM}};
  _T_1080 = _RAND_39[127:0];
  `endif // RANDOMIZE_REG_INIT
  `ifdef RANDOMIZE_REG_INIT
  _RAND_40 = {4{`RANDOM}};
  _T_1083 = _RAND_40[127:0];
  `endif // RANDOMIZE_REG_INIT
  `ifdef RANDOMIZE_REG_INIT
  _RAND_41 = {4{`RANDOM}};
  _T_1085 = _RAND_41[127:0];
  `endif // RANDOMIZE_REG_INIT
  `ifdef RANDOMIZE_REG_INIT
  _RAND_42 = {4{`RANDOM}};
  _T_1087 = _RAND_42[127:0];
  `endif // RANDOMIZE_REG_INIT
  `ifdef RANDOMIZE_REG_INIT
  _RAND_43 = {4{`RANDOM}};
  _T_1089 = _RAND_43[127:0];
  `endif // RANDOMIZE_REG_INIT
  `ifdef RANDOMIZE_REG_INIT
  _RAND_44 = {4{`RANDOM}};
  _T_1091 = _RAND_44[127:0];
  `endif // RANDOMIZE_REG_INIT
  `ifdef RANDOMIZE_REG_INIT
  _RAND_45 = {4{`RANDOM}};
  _T_1094 = _RAND_45[127:0];
  `endif // RANDOMIZE_REG_INIT
  `ifdef RANDOMIZE_REG_INIT
  _RAND_46 = {4{`RANDOM}};
  _T_1096 = _RAND_46[127:0];
  `endif // RANDOMIZE_REG_INIT
  `ifdef RANDOMIZE_REG_INIT
  _RAND_47 = {4{`RANDOM}};
  _T_1098 = _RAND_47[127:0];
  `endif // RANDOMIZE_REG_INIT
  `ifdef RANDOMIZE_REG_INIT
  _RAND_48 = {4{`RANDOM}};
  _T_1100 = _RAND_48[127:0];
  `endif // RANDOMIZE_REG_INIT
  `ifdef RANDOMIZE_REG_INIT
  _RAND_49 = {4{`RANDOM}};
  _T_1102 = _RAND_49[127:0];
  `endif // RANDOMIZE_REG_INIT
  `ifdef RANDOMIZE_REG_INIT
  _RAND_50 = {4{`RANDOM}};
  _T_1105 = _RAND_50[127:0];
  `endif // RANDOMIZE_REG_INIT
  `ifdef RANDOMIZE_REG_INIT
  _RAND_51 = {4{`RANDOM}};
  _T_1107 = _RAND_51[127:0];
  `endif // RANDOMIZE_REG_INIT
  `ifdef RANDOMIZE_REG_INIT
  _RAND_52 = {4{`RANDOM}};
  _T_1109 = _RAND_52[127:0];
  `endif // RANDOMIZE_REG_INIT
  `ifdef RANDOMIZE_REG_INIT
  _RAND_53 = {4{`RANDOM}};
  _T_1111 = _RAND_53[127:0];
  `endif // RANDOMIZE_REG_INIT
  `ifdef RANDOMIZE_REG_INIT
  _RAND_54 = {4{`RANDOM}};
  _T_1113 = _RAND_54[127:0];
  `endif // RANDOMIZE_REG_INIT
  `ifdef RANDOMIZE_REG_INIT
  _RAND_55 = {4{`RANDOM}};
  _T_1116 = _RAND_55[127:0];
  `endif // RANDOMIZE_REG_INIT
  `ifdef RANDOMIZE_REG_INIT
  _RAND_56 = {4{`RANDOM}};
  _T_1118 = _RAND_56[127:0];
  `endif // RANDOMIZE_REG_INIT
  `ifdef RANDOMIZE_REG_INIT
  _RAND_57 = {4{`RANDOM}};
  _T_1120 = _RAND_57[127:0];
  `endif // RANDOMIZE_REG_INIT
  `ifdef RANDOMIZE_REG_INIT
  _RAND_58 = {4{`RANDOM}};
  _T_1122 = _RAND_58[127:0];
  `endif // RANDOMIZE_REG_INIT
  `ifdef RANDOMIZE_REG_INIT
  _RAND_59 = {4{`RANDOM}};
  _T_1124 = _RAND_59[127:0];
  `endif // RANDOMIZE_REG_INIT
  `ifdef RANDOMIZE_REG_INIT
  _RAND_60 = {4{`RANDOM}};
  _T_1127 = _RAND_60[127:0];
  `endif // RANDOMIZE_REG_INIT
  `ifdef RANDOMIZE_REG_INIT
  _RAND_61 = {4{`RANDOM}};
  _T_1129 = _RAND_61[127:0];
  `endif // RANDOMIZE_REG_INIT
  `ifdef RANDOMIZE_REG_INIT
  _RAND_62 = {4{`RANDOM}};
  _T_1131 = _RAND_62[127:0];
  `endif // RANDOMIZE_REG_INIT
  `ifdef RANDOMIZE_REG_INIT
  _RAND_63 = {4{`RANDOM}};
  _T_1133 = _RAND_63[127:0];
  `endif // RANDOMIZE_REG_INIT
  `ifdef RANDOMIZE_REG_INIT
  _RAND_64 = {4{`RANDOM}};
  _T_1135 = _RAND_64[127:0];
  `endif // RANDOMIZE_REG_INIT
  `ifdef RANDOMIZE_REG_INIT
  _RAND_65 = {4{`RANDOM}};
  _T_1138 = _RAND_65[127:0];
  `endif // RANDOMIZE_REG_INIT
  `ifdef RANDOMIZE_REG_INIT
  _RAND_66 = {4{`RANDOM}};
  _T_1140 = _RAND_66[127:0];
  `endif // RANDOMIZE_REG_INIT
  `ifdef RANDOMIZE_REG_INIT
  _RAND_67 = {4{`RANDOM}};
  _T_1142 = _RAND_67[127:0];
  `endif // RANDOMIZE_REG_INIT
  `ifdef RANDOMIZE_REG_INIT
  _RAND_68 = {4{`RANDOM}};
  _T_1144 = _RAND_68[127:0];
  `endif // RANDOMIZE_REG_INIT
  `ifdef RANDOMIZE_REG_INIT
  _RAND_69 = {4{`RANDOM}};
  _T_1146 = _RAND_69[127:0];
  `endif // RANDOMIZE_REG_INIT
  `ifdef RANDOMIZE_REG_INIT
  _RAND_70 = {4{`RANDOM}};
  _T_1149 = _RAND_70[127:0];
  `endif // RANDOMIZE_REG_INIT
  `ifdef RANDOMIZE_REG_INIT
  _RAND_71 = {4{`RANDOM}};
  _T_1151 = _RAND_71[127:0];
  `endif // RANDOMIZE_REG_INIT
  `ifdef RANDOMIZE_REG_INIT
  _RAND_72 = {4{`RANDOM}};
  _T_1153 = _RAND_72[127:0];
  `endif // RANDOMIZE_REG_INIT
  `ifdef RANDOMIZE_REG_INIT
  _RAND_73 = {4{`RANDOM}};
  _T_1155 = _RAND_73[127:0];
  `endif // RANDOMIZE_REG_INIT
  `ifdef RANDOMIZE_REG_INIT
  _RAND_74 = {4{`RANDOM}};
  _T_1157 = _RAND_74[127:0];
  `endif // RANDOMIZE_REG_INIT
  `ifdef RANDOMIZE_REG_INIT
  _RAND_75 = {4{`RANDOM}};
  _T_1160 = _RAND_75[127:0];
  `endif // RANDOMIZE_REG_INIT
  `ifdef RANDOMIZE_REG_INIT
  _RAND_76 = {4{`RANDOM}};
  _T_1162 = _RAND_76[127:0];
  `endif // RANDOMIZE_REG_INIT
  `ifdef RANDOMIZE_REG_INIT
  _RAND_77 = {4{`RANDOM}};
  _T_1164 = _RAND_77[127:0];
  `endif // RANDOMIZE_REG_INIT
  `ifdef RANDOMIZE_REG_INIT
  _RAND_78 = {4{`RANDOM}};
  _T_1166 = _RAND_78[127:0];
  `endif // RANDOMIZE_REG_INIT
  `ifdef RANDOMIZE_REG_INIT
  _RAND_79 = {4{`RANDOM}};
  _T_1168 = _RAND_79[127:0];
  `endif // RANDOMIZE_REG_INIT
  end
`endif // RANDOMIZE
  always @(posedge clock) begin
    if (_T_736) begin
      _T_995 <= {{64'd0}, io_inputs_0};
    end else begin
      _T_995 <= _T_735;
    end
    _T_997 <= _T_995;
    _T_999 <= _T_997;
    _T_1001 <= _T_999;
    _T_1003 <= _T_1001;
    if (_T_753) begin
      _T_1006 <= {{64'd0}, io_inputs_0};
    end else begin
      _T_1006 <= _T_752;
    end
    _T_1008 <= _T_1006;
    _T_1010 <= _T_1008;
    _T_1012 <= _T_1010;
    _T_1014 <= _T_1012;
    if (_T_770) begin
      _T_1017 <= {{64'd0}, io_inputs_0};
    end else begin
      _T_1017 <= _T_769;
    end
    _T_1019 <= _T_1017;
    _T_1021 <= _T_1019;
    _T_1023 <= _T_1021;
    _T_1025 <= _T_1023;
    if (_T_787) begin
      _T_1028 <= {{64'd0}, io_inputs_0};
    end else begin
      _T_1028 <= _T_786;
    end
    _T_1030 <= _T_1028;
    _T_1032 <= _T_1030;
    _T_1034 <= _T_1032;
    _T_1036 <= _T_1034;
    if (_T_804) begin
      _T_1039 <= {{64'd0}, io_inputs_0};
    end else begin
      _T_1039 <= _T_803;
    end
    _T_1041 <= _T_1039;
    _T_1043 <= _T_1041;
    _T_1045 <= _T_1043;
    _T_1047 <= _T_1045;
    if (_T_821) begin
      _T_1050 <= {{64'd0}, io_inputs_0};
    end else begin
      _T_1050 <= _T_820;
    end
    _T_1052 <= _T_1050;
    _T_1054 <= _T_1052;
    _T_1056 <= _T_1054;
    _T_1058 <= _T_1056;
    if (_T_838) begin
      _T_1061 <= {{64'd0}, io_inputs_0};
    end else begin
      _T_1061 <= _T_837;
    end
    _T_1063 <= _T_1061;
    _T_1065 <= _T_1063;
    _T_1067 <= _T_1065;
    _T_1069 <= _T_1067;
    if (_T_855) begin
      _T_1072 <= {{64'd0}, io_inputs_0};
    end else begin
      _T_1072 <= _T_854;
    end
    _T_1074 <= _T_1072;
    _T_1076 <= _T_1074;
    _T_1078 <= _T_1076;
    _T_1080 <= _T_1078;
    if (_T_872) begin
      _T_1083 <= {{64'd0}, io_inputs_0};
    end else begin
      _T_1083 <= _T_871;
    end
    _T_1085 <= _T_1083;
    _T_1087 <= _T_1085;
    _T_1089 <= _T_1087;
    _T_1091 <= _T_1089;
    if (_T_889) begin
      _T_1094 <= {{64'd0}, io_inputs_0};
    end else begin
      _T_1094 <= _T_888;
    end
    _T_1096 <= _T_1094;
    _T_1098 <= _T_1096;
    _T_1100 <= _T_1098;
    _T_1102 <= _T_1100;
    if (_T_906) begin
      _T_1105 <= {{64'd0}, io_inputs_0};
    end else begin
      _T_1105 <= _T_905;
    end
    _T_1107 <= _T_1105;
    _T_1109 <= _T_1107;
    _T_1111 <= _T_1109;
    _T_1113 <= _T_1111;
    if (_T_923) begin
      _T_1116 <= {{64'd0}, io_inputs_0};
    end else begin
      _T_1116 <= _T_922;
    end
    _T_1118 <= _T_1116;
    _T_1120 <= _T_1118;
    _T_1122 <= _T_1120;
    _T_1124 <= _T_1122;
    if (_T_940) begin
      _T_1127 <= {{64'd0}, io_inputs_0};
    end else begin
      _T_1127 <= _T_939;
    end
    _T_1129 <= _T_1127;
    _T_1131 <= _T_1129;
    _T_1133 <= _T_1131;
    _T_1135 <= _T_1133;
    if (_T_957) begin
      _T_1138 <= {{64'd0}, io_inputs_0};
    end else begin
      _T_1138 <= _T_956;
    end
    _T_1140 <= _T_1138;
    _T_1142 <= _T_1140;
    _T_1144 <= _T_1142;
    _T_1146 <= _T_1144;
    if (_T_974) begin
      _T_1149 <= {{64'd0}, io_inputs_0};
    end else begin
      _T_1149 <= _T_973;
    end
    _T_1151 <= _T_1149;
    _T_1153 <= _T_1151;
    _T_1155 <= _T_1153;
    _T_1157 <= _T_1155;
    if (_T_991) begin
      _T_1160 <= {{64'd0}, io_inputs_0};
    end else begin
      _T_1160 <= _T_990;
    end
    _T_1162 <= _T_1160;
    _T_1164 <= _T_1162;
    _T_1166 <= _T_1164;
    _T_1168 <= _T_1166;
  end
endmodule